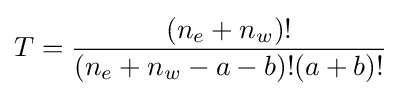
T={\frac {(n_{e}+n_{w})!}{(n_{e}+n_{w}-a-b)!(a+b)!}}